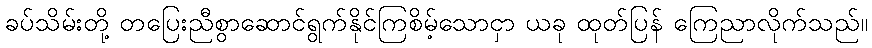
ခပ်သိမ်းတို့ တပြေးညီစွာဆောင်ရွက်နိုင်ကြစိမ့်သောငှာ ယခု ထုတ်ပြန် ကြေညာလိုက်သည်။